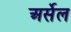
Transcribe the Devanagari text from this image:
अर्सेल